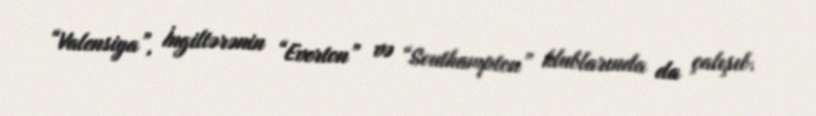
“Valensiya”, İngiltərənin “Everton” və “Southampton” klublarında da çalışıb.